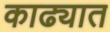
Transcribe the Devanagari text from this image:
काढ्यात